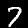
Digit: 7